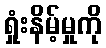
ရှုံးနိမ့်မှုကို